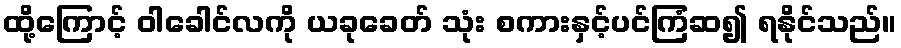
ထို့ကြောင့် ဝါခေါင်လကို ယခုခေတ် သုံး စကားနှင့်ပင်ကြံဆ၍ ရနိုင်သည်။